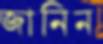
জানিন